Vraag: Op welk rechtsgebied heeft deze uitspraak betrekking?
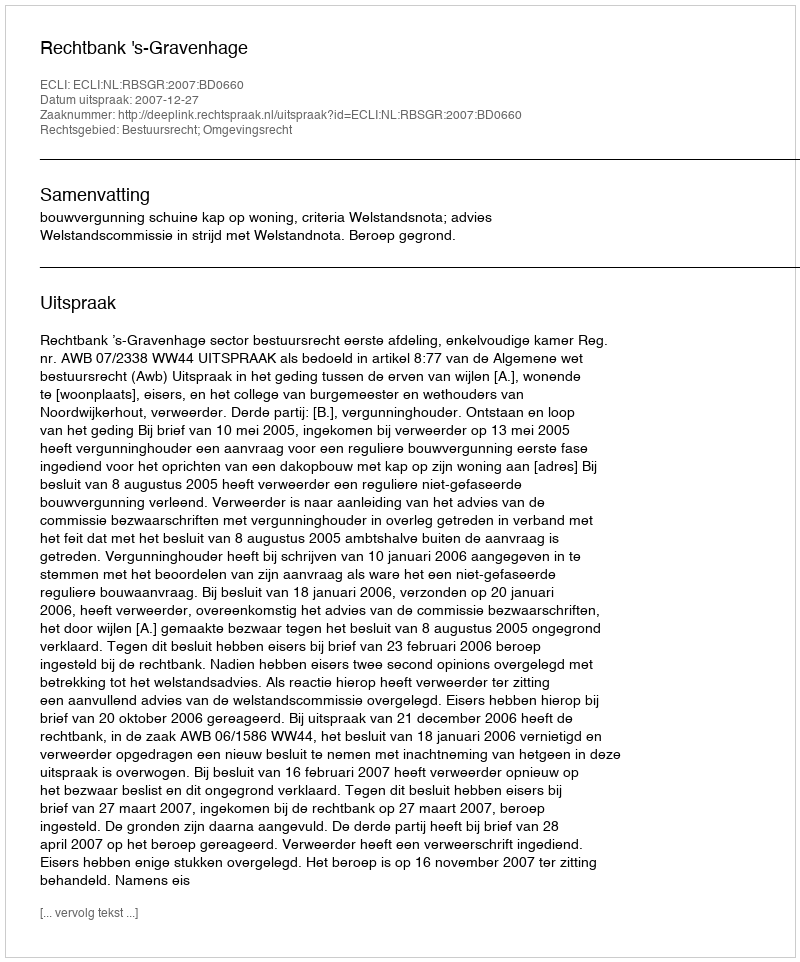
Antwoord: Bestuursrecht; Omgevingsrecht